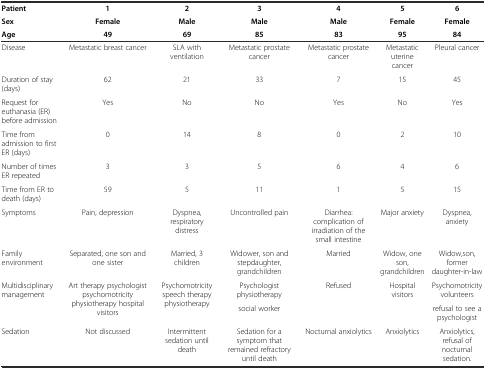
| Patient | 1 | 2 | 3 | 4 | 5 | 6 |
 | Sex | Female | Male | Male | Male | Female | Female |
 | Age | 49 | 69 | 85 | 83 | 95 | 84 |
 | --- | --- | --- | --- | --- | --- | --- |
 | Disease | Metastatic breast cancer | SLA with ventilation | Metastatic prostate cancer | Metastatic prostate cancer | Metastatic uterine cancer | Pleural cancer |
 | Duration of stay (days) | 62 | 21 | 33 | 7 | 15 | 45 |
 | Request for euthanasia (ER) before admission | Yes | No | No | Yes | No | Yes |
 | Time from admission to first ER (days) | 0 | 14 | 8 | 0 | 2 | 10 |
 | Number of times ER repeated | 3 | 3 | 5 | 6 | 4 | 6 |
 | Time from ER to death (days) | 59 | 5 | 11 | 1 | 5 | 15 |
 | Symptoms | Pain, depression | Dyspnea, respiratory distress | Uncontrolled pain | Diarrhea: complication of irradiation of the small intestine | Major anxiety | Dyspnea, anxiety |
 | Family environment | Separated, one son and one sister | Married, 3 children | Widower, son and stepdaughter, grandchildren | Married | Widow, one son, grandchildren | Widow,son, former daughter-in-law |
 | <ROWSPAN=2> Multidisciplinary management | <ROWSPAN=2> Art therapy psychologist psychomotricity physiotherapy hospital visitors | <ROWSPAN=2> Psychomotricity speech therapy physiotherapy | Psychologist physiotherapy | <ROWSPAN=2> Refused | <ROWSPAN=2> Hospital visitors | Psychomotricity volunteers |
 | social worker | refusal to see a psychologist |
 | Sedation | Not discussed | Intermittent sedation until death | Sedation for a symptom that remained refractory until death | Nocturnal anxiolytics | Anxiolytics | Anxiolytics, refusal of nocturnal sedation. |